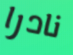
نادرا